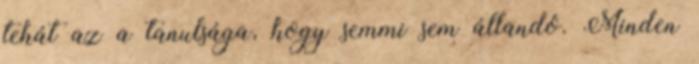
tehát az a tanulsága, hogy semmi sem állandó. Minden